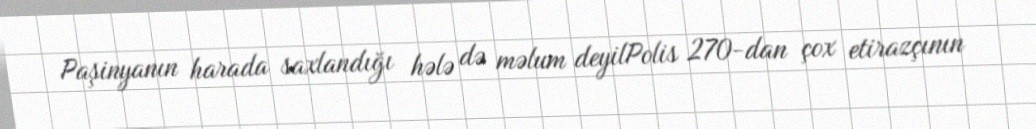
Paşinyanın harada saxlandığı hələ də məlum deyilPolis 270-dan çox etirazçının